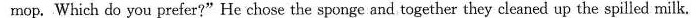
mop. Which do you prefer?"He chose the sponge and together they cleaned up the spilled milk.